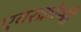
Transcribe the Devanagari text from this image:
एबरक्रोम्बी